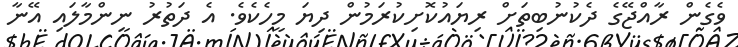
ވެގެން ރާއްޖޭގެ ދެކުނުބިތަށް ރިޔައުކޮށިކުރަމުން ދިޔަ މީހެކެވެ. އެ ދަތުރު ނިންމާލައި އޭނާ